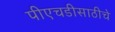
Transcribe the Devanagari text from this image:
पीएचडीसाठीचे